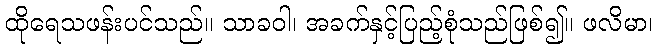
ထိုရေသဖန်းပင်သည်။ သာခဝါ၊ အခက်နှင့်ပြည့်စုံသည်ဖြစ်၍။ ဖလိမာ၊